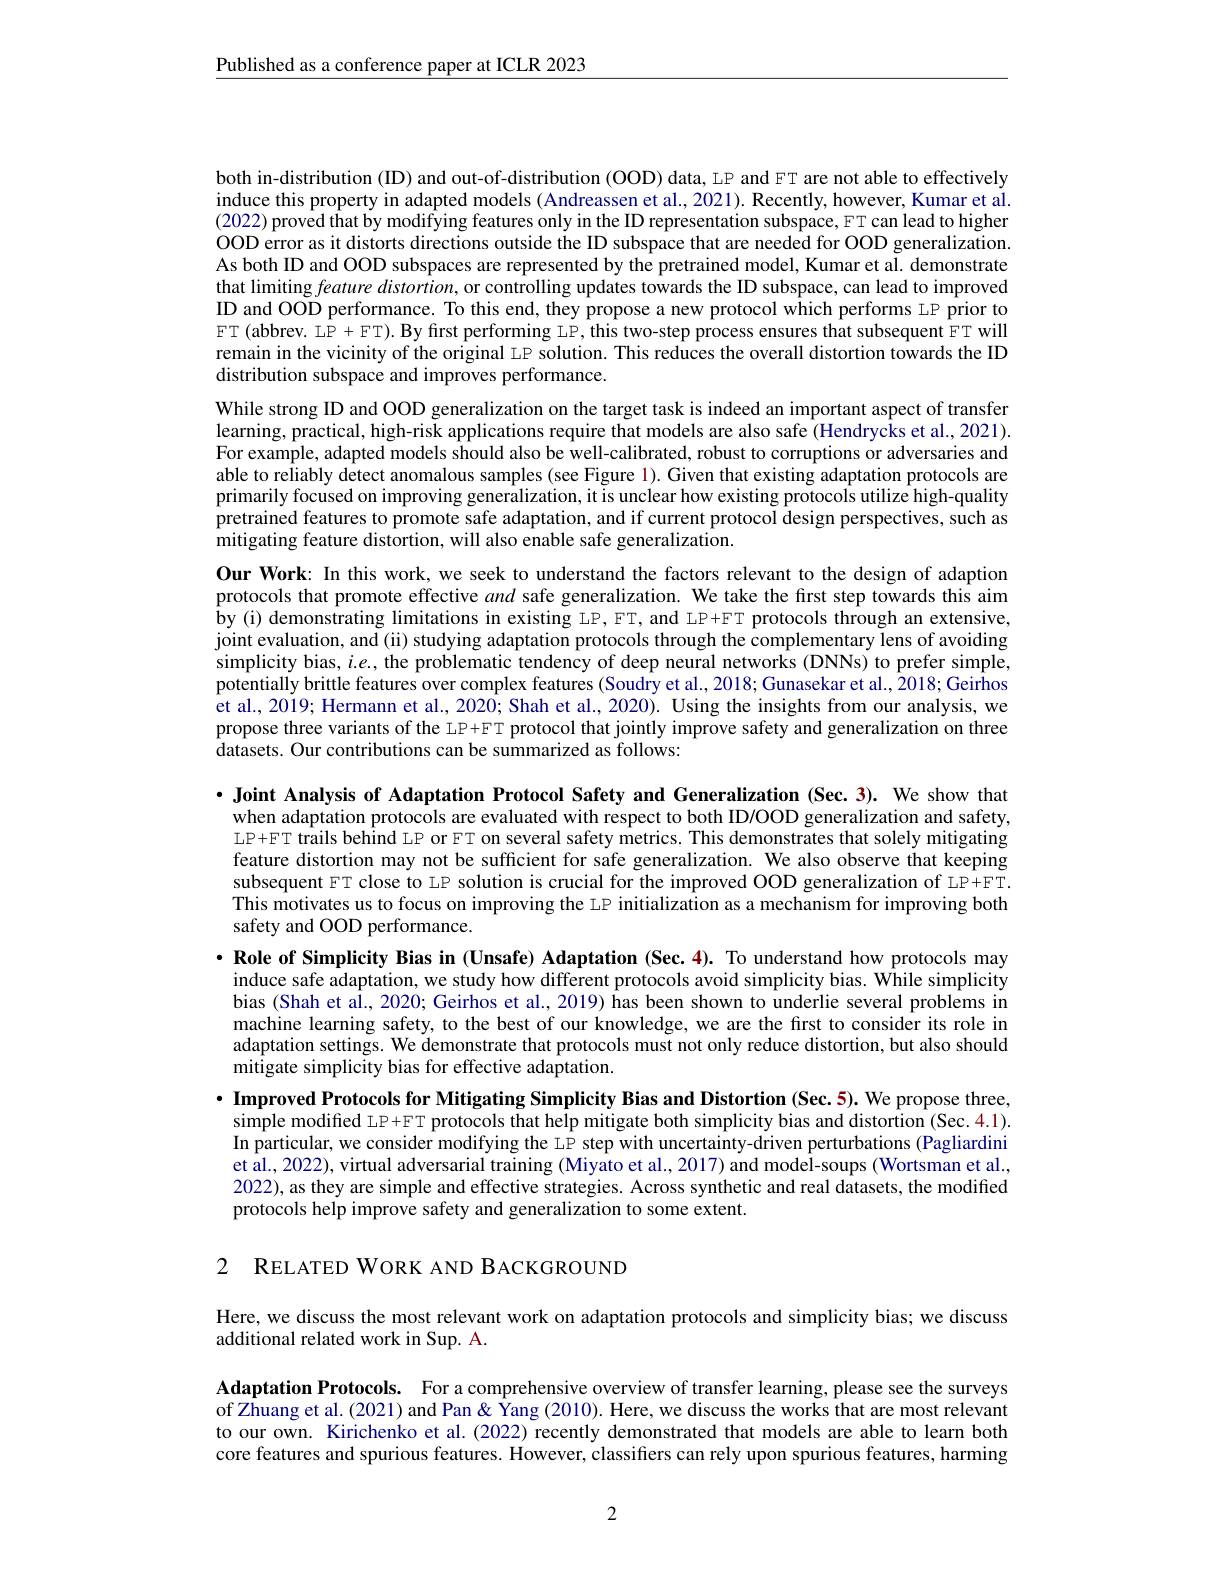
$\underline{\text{Published as a conference paper at ICLR 2023}}$

both in-distribution (ID) and out-of-distribution (OOD) data, LP and FT are not able to effectively induce this property in adapted models (Andreassen et al., 2021). Recently, however, Kumar et al. (2022) proved that by modifying features only in the ID representation subspace, F T can lead to higher OOD error as it distorts directions outside the ID subspace that are needed for OOD generalization. As both ID and OOD subspaces are represented by the pretrained model, Kumar et al. demonstrate that limiting feature distortion, or controlling updates towards the ID subspace, can lead to improved ID and OOD performance. To this end, they propose a new protocol which performs LP prior to FT ( abbrev. LP + FT) . By first performing LP, this two- step process ensures that subsequent FT will remain in the vicinity of the original LP solution. This reduces the overall distortion towards the ID distribution subspace and improves performance.

While strong ID and OOD generalization on the target task is indeed an important aspect of transfer learning, practical, high- risk applications require that models are also safe ( Hendrycks et al. , 2021) . For example, adapted models should also be well-calibrated, robust to corruptions or adversaries and able to reliably detect anomalous samples (see Figure 1). Given that existing adaptation protocols are primarily focused on improving generalization, it is unclear how existing protocols utilize high-quality pretrained features to promote safe adaptation, and if current protocol design perspectives, such as mitigating feature distortion, will also enable safe generalization.
Our Work: In this work, we seek to understand the factors relevant to the design of adaption protocols that promote effective and safe generalization. We take the first step towards this aim by (i) demonstrating limitations in existing LP, FT, and LP+FT protocols through an extensive, joint evaluation, and (ii) studying adaptation protocols through the complementary lens of avoiding simplicity bias, $i.e.$, the problematic tendency of deep neural networks (DNNs) to prefer simple, potentially brittle features over complex features (Soudry et al., 2018; Gunasekar et al., 2018; Geirhos et al., 2019; Hermann et al., 2020; Shah et al., 2020). Using the insights from our analysis, we propose three variants of the LP+FT protocol that jointly improve safety and generalization on three $\hat{\text{datasets. Our contributions can be summarized as follows:}}$

·Joint Analysis of Adaptation Protocol Safety and Generalization (Sec.3). We show that
when adaptation protocols are evaluated with respect to both ID/OOD generalization and safety, LP+FT trails behind LP or FT on several safety metrics. This demonstrates that solely mitigating feature distortion may not be sufficient for safe generalization. We also observe that keeping subsequent FT close to LP solution is crucial for the improved OOD generalization of LP+FT This motivates us to focus on improving the LP initialization as a mechanism for improving both safety and OOD performance.
$\cdot$ Role of Simplicity Bias in (Unsafe) Adaptation (Sec.4). To understand how protocols may induce safe adaptation, we study how different protocols avoid simplicity bias. While simplicity bias (Shah et al., 2020; Geirhos et al., 2019) has been shown to underlie several problems in machine learning safety, to the best of our knowledge, we are the first to consider its role in adaptation settings. We demonstrate that protocols must not only reduce distortion, but also should mitigate simplicity bias for effective adaptation.
$\cdot \textbf{ Improved Protocols for Mitigating Simplicity Bias and Distortion ( Sec. 5) . We propose three, }$
simple modified LP+FT protocols that help mitigate both simplicity bias and distortion (Sec.4.1). In particular, we consider modifying the LP step with uncertainty-driven perturbations (Pagliardini et al., 2022), virtual adversarial training (Miyato et al., 2017) and model-soups (Wortsman et al., 2022), as they are simple and effective strategies. Across synthetic and real datasets, the modified protocols help improve safety and generalization to some extent.

2 RELATED WORK AND BACKGROUND

Here, we discuss the most relevant work on adaptation protocols and simplicity bias; we discuss
additional related work in Sup. A.

Adaptation Protocols. For a comprehensive overview of transfer learning, please see the surveys of Zhuang et al. (2021) and Pan & Yang (2010). Here, we discuss the works that are most relevant to our own. Kirichenko et al.(2022) recently demonstrated that models are able to learn both core features and spurious features. However, classifiers can rely upon spurious features, harming

2